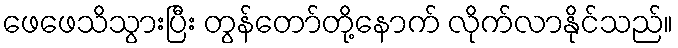
ဖေဖေသိသွားပြီး တွန်တော်တို့နောက် လိုက်လာနိုင်သည်။